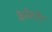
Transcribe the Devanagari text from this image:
कैरैक्टेर